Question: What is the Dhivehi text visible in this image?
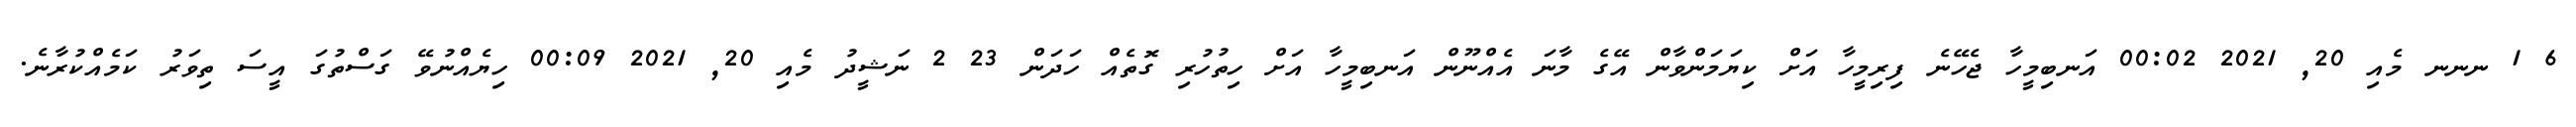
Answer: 6 1 ނނނ މެއި 20, 2021 00:02 އަނބިމީހާ ޖެހޭނެ ފިރިމީހާ އަށް ކިޔަމަންވާން އޭގެ މާނަ އެއްނޫން އަނބިމީހާ އަށް ހިތުހުރި ގޮތެއް ހަދަން 23 2 ނަޝީދު މެއި 20, 2021 00:09 ހިޔެއްނުވޭ ގަސްތުގަ އީސަ ތިވަރު ކަމެއްކުރާނެ.